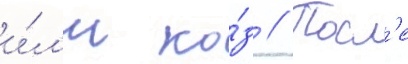
и́л'и ко́з // Посл'е